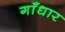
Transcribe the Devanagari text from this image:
गाँधार